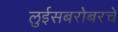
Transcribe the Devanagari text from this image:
लुईसबरोबरचे